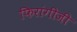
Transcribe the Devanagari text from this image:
फिरांगीजी